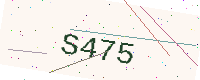
Text: S475